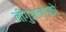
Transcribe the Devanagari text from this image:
नीगुआन्ग्को